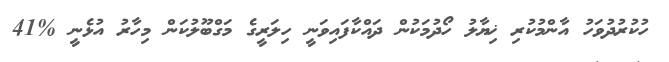
ހުކުރުދުވަހު އާންމުކުރި ޚިޔާލު ހޯދުމަކުން ދައްކާފައިވަނީ ހިލަރީގެ މަގްބޫލުކަން މިހާރު އުޅެނީ %41